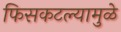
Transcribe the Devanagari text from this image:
फिसकटल्यामुळे